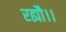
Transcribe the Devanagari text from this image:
रह्यौ।।